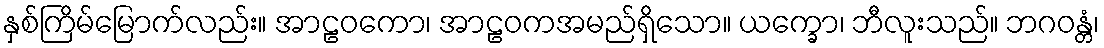
နှစ်ကြိမ်မြောက်လည်း။ အာဠဝကော၊ အာဠဝကအမည်ရှိသော။ ယက္ခော၊ ဘီလူးသည်။ ဘဂဝန္တံ၊